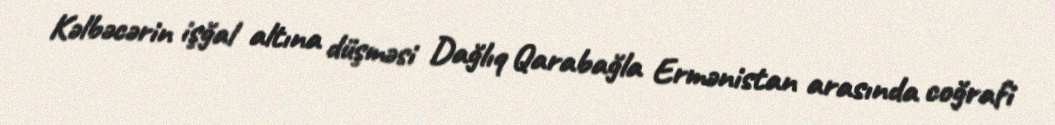
Kəlbəcərin işğal altına düşməsi Dağlıq Qarabağla Ermənistan arasında coğrafi